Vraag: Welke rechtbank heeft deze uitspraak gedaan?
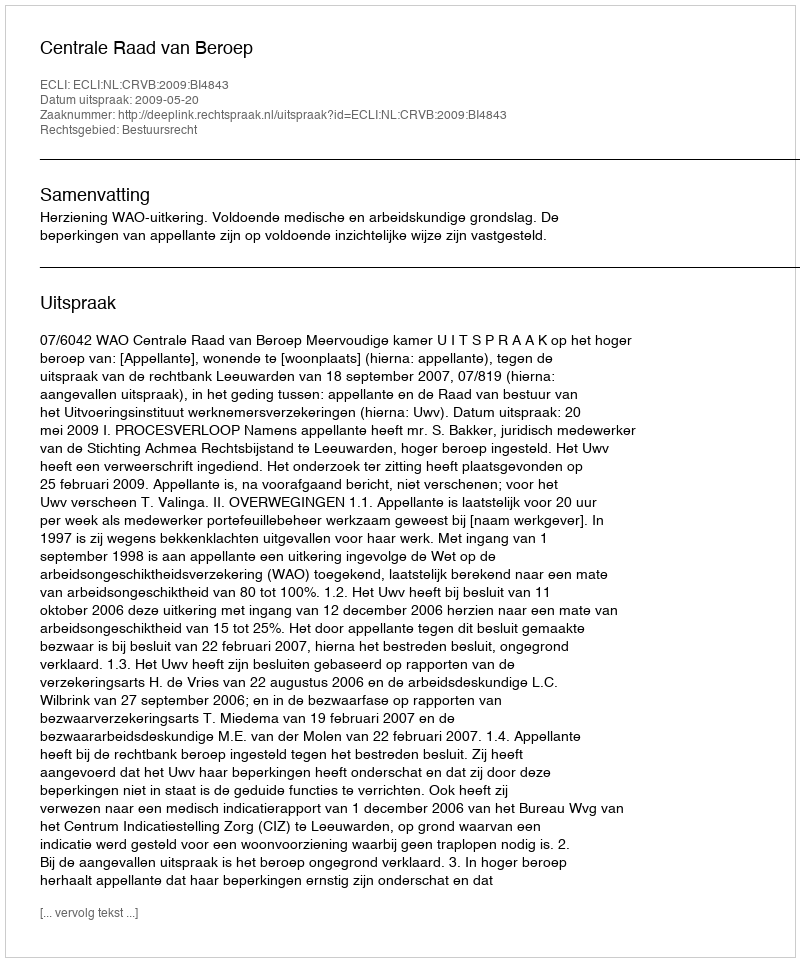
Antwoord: Centrale Raad van Beroep